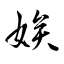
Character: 娭